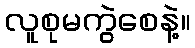
လူစုမကွဲစေနဲ့။